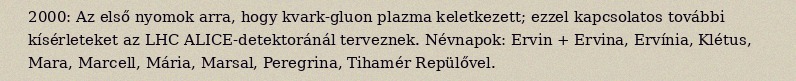
2000: Az első nyomok arra, hogy kvark-gluon plazma keletkezett; ezzel kapcsolatos további kísérleteket az LHC ALICE-detektoránál terveznek. Névnapok: Ervin + Ervina, Ervínia, Klétus, Mara, Marcell, Mária, Marsal, Peregrina, Tihamér Repülővel.